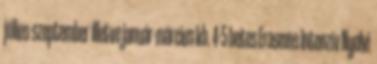
július-szeptember illetve január-március kb. 4-5 hetes Erasmus Intenzív Nyelvi